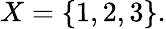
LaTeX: X=\{ 1,2,3\} .